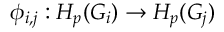
\phi _ { i , j } : H _ { p } ( G _ { i } ) \to H _ { p } ( G _ { j } )